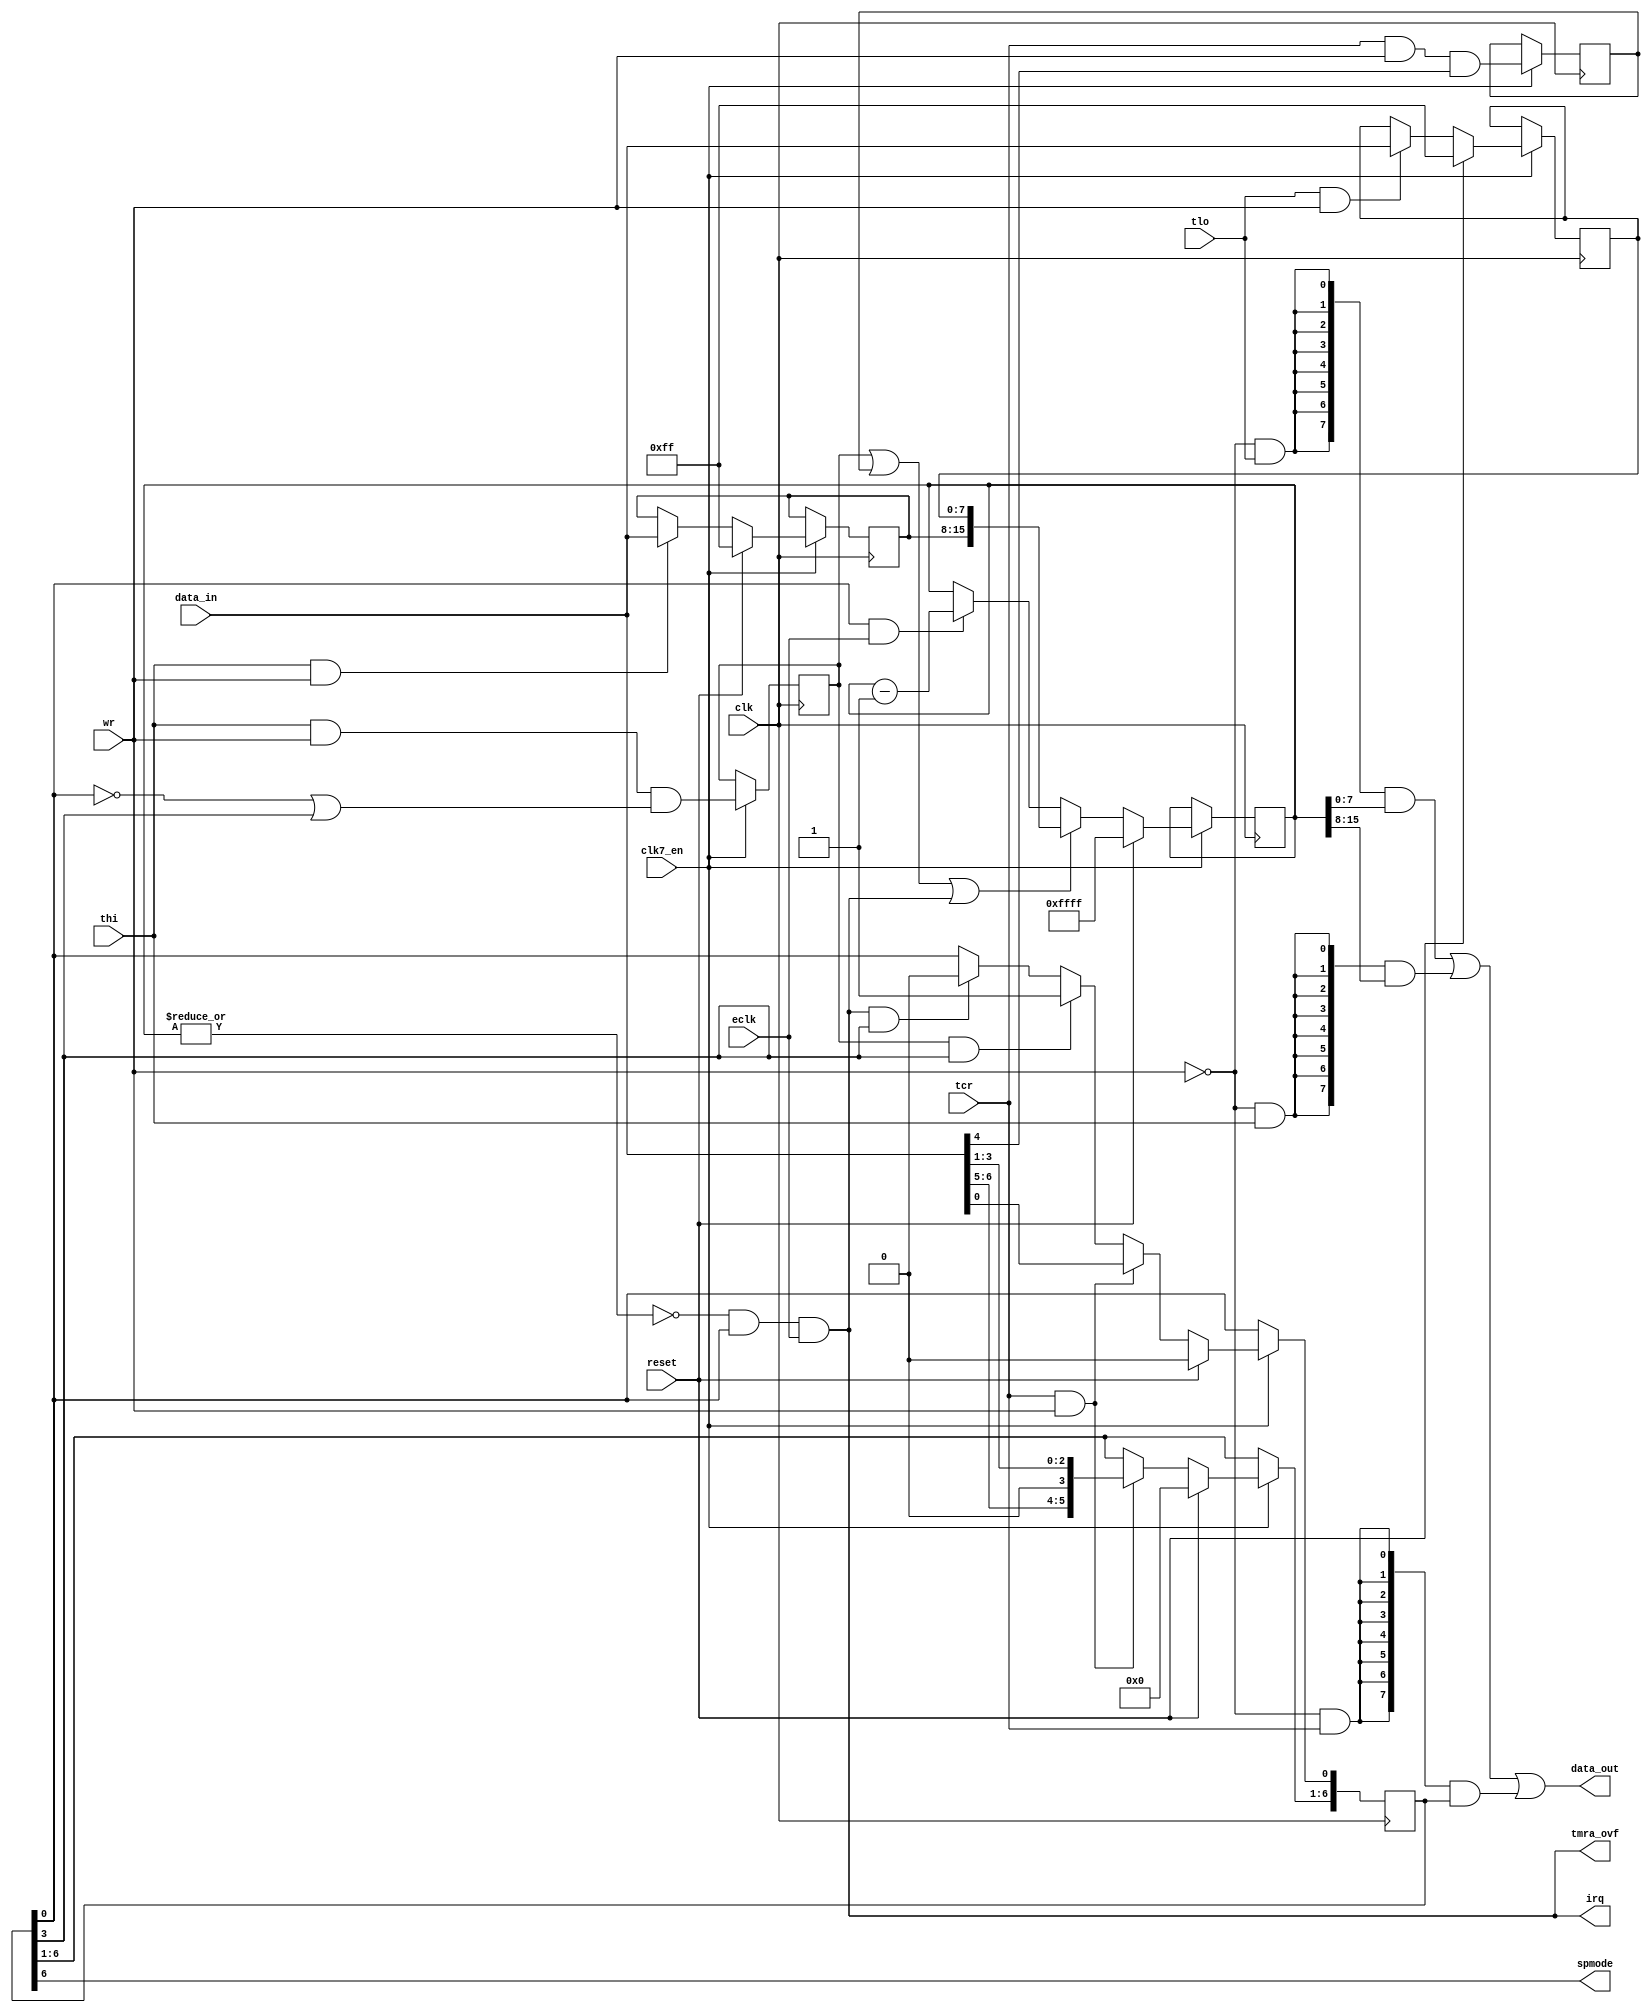
module cia_timera
(
  input   clk,            // clock
  input clk7_en,
  input  wr,            // write enable
  input   reset,           // reset
  input   tlo,          // timer low byte select
  input  thi,           // timer high byte select
  input  tcr,          // timer control register
  input   [7:0] data_in,      // bus data in
  output   [7:0] data_out,      // bus data out
  input  eclk,            // count enable
  output  tmra_ovf,        // timer A underflow
  output  spmode,          // serial port mode
  output  irq            // intterupt out
);

reg    [15:0] tmr;        // timer
reg    [7:0] tmlh;        // timer latch high byte
reg    [7:0] tmll;        // timer latch low byte
reg    [6:0] tmcr;        // timer control register
reg    forceload;        // force load strobe
wire  oneshot;        // oneshot mode
wire  start;          // timer start (enable)
reg    thi_load;          // load tmr after writing thi in one-shot mode
wire  reload;          // reload timer counter
wire  zero;          // timer counter is zero
wire  underflow;        // timer is going to underflow
wire  count;          // count enable signal

// count enable signal
assign count = eclk;

// writing timer control register
always @(posedge clk)
  if (clk7_en) begin
    if (reset)  // synchronous reset
      tmcr[6:0] <= 7'd0;
    else if (tcr && wr)  // load control register, bit 4(strobe) is always 0
      tmcr[6:0] <= {data_in[6:5],1'b0,data_in[3:0]};
    else if (thi_load && oneshot)  // start timer if thi is written in one-shot mode
      tmcr[0] <= 1'd1;
    else if (underflow && oneshot) // stop timer in one-shot mode
      tmcr[0] <= 1'd0;
  end

always @(posedge clk)
  if (clk7_en) begin
    forceload <= tcr & wr & data_in[4];  // force load strobe
  end

assign oneshot = tmcr[3];    // oneshot alias
assign start = tmcr[0];      // start alias
assign spmode = tmcr[6];    // serial port mode (0-input, 1-output)

// timer A latches for high and low byte
always @(posedge clk)
  if (clk7_en) begin
    if (reset)
      tmll[7:0] <= 8'b1111_1111;
    else if (tlo && wr)
      tmll[7:0] <= data_in[7:0];
  end

always @(posedge clk)
  if (clk7_en) begin
    if (reset)
      tmlh[7:0] <= 8'b1111_1111;
    else if (thi && wr)
      tmlh[7:0] <= data_in[7:0];
  end

// thi is written in one-shot mode so tmr must be reloaded
always @(posedge clk)
  if (clk7_en) begin
    thi_load <= thi & wr & (~start | oneshot);
  end

// timer counter reload signal
assign reload = thi_load | forceload | underflow;

// timer counter
always @(posedge clk)
  if (clk7_en) begin
    if (reset)
      tmr[15:0] <= 16'hFF_FF;
    else if (reload)
      tmr[15:0] <= {tmlh[7:0],tmll[7:0]};
    else if (start && count)
      tmr[15:0] <= tmr[15:0] - 16'd1;
  end

// timer counter equals zero
assign zero = ~|tmr;

// timer counter is going to underflow
assign underflow = zero & start & count;

// Timer A underflow signal for Timer B
assign tmra_ovf = underflow;

// timer underflow interrupt request
assign irq = underflow;

// data output
assign data_out[7:0] = ({8{~wr&tlo}} & tmr[7:0])
          | ({8{~wr&thi}} & tmr[15:8])
          | ({8{~wr&tcr}} & {1'b0,tmcr[6:0]});


endmodule